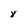
Character: 8